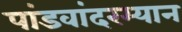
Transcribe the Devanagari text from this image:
पांडवांदरम्यान